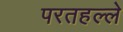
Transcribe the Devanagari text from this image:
परतहल्ले